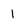
Character: 1